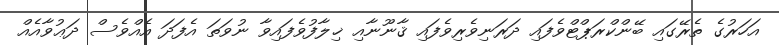
އަހަރުގެ ތެރޭގައި ބޭންކްރަޕްޓްވެފައި ދަރަނިވެރިވެފައި ޤާނޫނާއި ޚިލާފުވެފައިވާ ނުވަތަ އެފަދަ އެއްވެސް ދަޢުވާއެއް